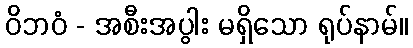
ဝိဘဝံ - အစီးအပွါး မရှိသော ရုပ်နာမ်။